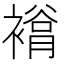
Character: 𧜲